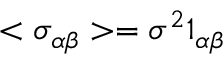
< \sigma _ { \alpha \beta } > = \sigma ^ { 2 } 1 _ { \alpha \beta }